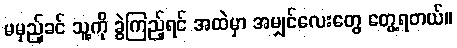
မမှည့်ခင် သူ့ကို ခွဲကြည့်ရင် အထဲမှာ အမျှင်လေးတွေ တွေ့ရတယ်။